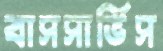
বাসসার্ভিস